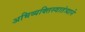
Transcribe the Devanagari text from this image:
अभिव्यक्तिस्वातंत्र्याने